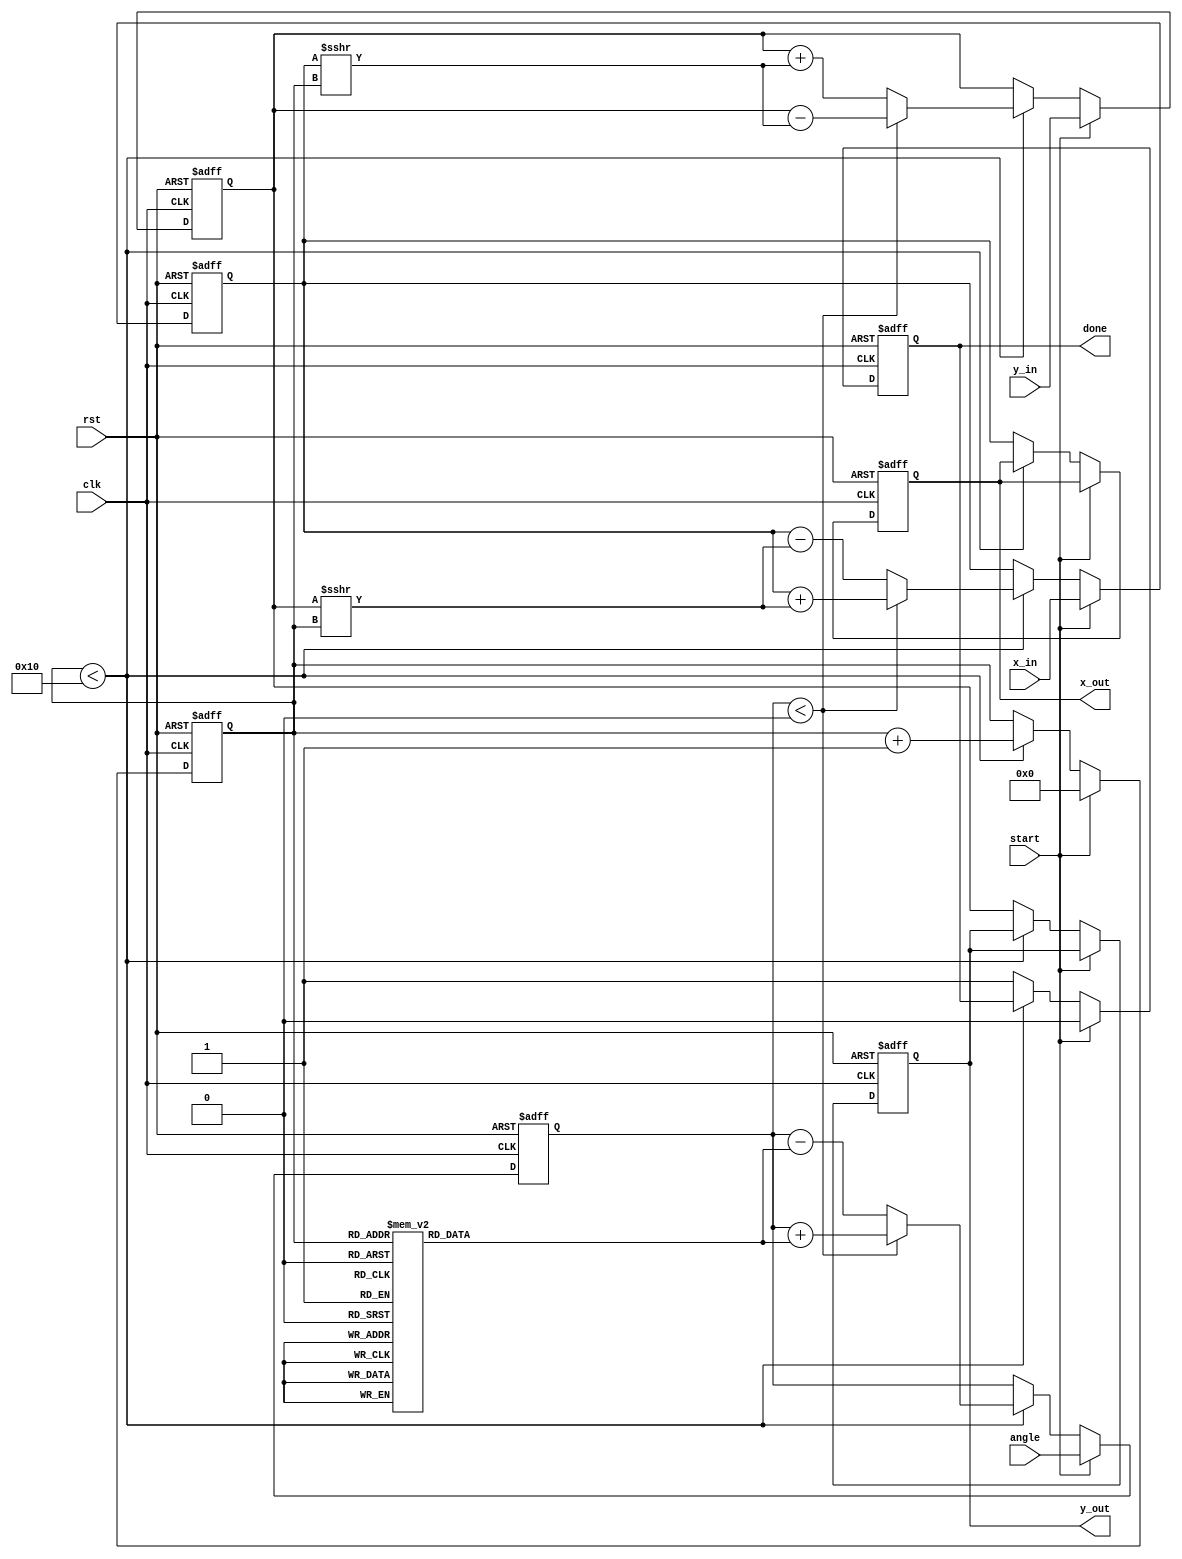
module cordic (
    input wire clk,
    input wire rst,
    input wire start,
    input wire signed [15:0] angle, // Angle in fixed-point representation
    input wire signed [15:0] x_in,   // Initial x vector
    input wire signed [15:0] y_in,   // Initial y vector
    output reg signed [15:0] x_out,  // Resultant x vector
    output reg signed [15:0] y_out,  // Resultant y vector
    output reg done                  // Operation completion flag
);

    // Parameters
    parameter N = 16; // Number of iterations
    parameter LUT_SIZE = 16; // Size of the LUT for atan values
    parameter FIXED_POINT_PRECISION = 15; // Fixed-point representation bits

    // Look-Up Table for atan values (fixed-point representation)
    reg signed [15:0] atan_lut [0:LUT_SIZE-1];
    initial begin
        // Pre-computed atan values (in fixed-point)
        atan_lut[0] = 16'h0000; // atan(0)
        atan_lut[1] = 16'h1C71; // atan(1/2^1)
        atan_lut[2] = 16'h1A62; // atan(1/2^2)
        atan_lut[3] = 16'h186A; // atan(1/2^3)
        atan_lut[4] = 16'h1780; // atan(1/2^4)
        atan_lut[5] = 16'h16C2; // atan(1/2^5)
        atan_lut[6] = 16'h162E; // atan(1/2^6)
        atan_lut[7] = 16'h159A; // atan(1/2^7)
        atan_lut[8] = 16'h1500; // atan(1/2^8)
        atan_lut[9] = 16'h1480; // atan(1/2^9)
        atan_lut[10] = 16'h1400; // atan(1/2^10)
        atan_lut[11] = 16'h1380; // atan(1/2^11)
        atan_lut[12] = 16'h1300; // atan(1/2^12)
        atan_lut[13] = 16'h1280; // atan(1/2^13)
        atan_lut[14] = 16'h1200; // atan(1/2^14)
        atan_lut[15] = 16'h1180; // atan(1/2^15)
    end

    // Internal signals
    reg signed [15:0] x_reg, y_reg;
    reg signed [15:0] angle_reg;
    reg [3:0] iteration_count;
    reg signed [15:0] current_atan;

    // Control Logic
    always @(posedge clk or posedge rst) begin
        if (rst) begin
            x_out <= 0;
            y_out <= 0;
            done <= 0;
            iteration_count <= 0;
            x_reg <= 0;
            y_reg <= 0;
            angle_reg <= 0;
        end else if (start) begin
            x_reg <= x_in;
            y_reg <= y_in;
            angle_reg <= angle;
            iteration_count <= 0;
            done <= 0;
        end else if (iteration_count < N) begin
            // Fetch atan value from LUT
            current_atan = atan_lut[iteration_count];

            // Rotation Logic
            if (angle_reg < 0) begin
                // Counterclockwise rotation
                x_reg <= x_reg + (y_reg >>> iteration_count);
                y_reg <= y_reg - (x_reg >>> iteration_count);
                angle_reg <= angle_reg + current_atan;
            end else begin
                // Clockwise rotation
                x_reg <= x_reg - (y_reg >>> iteration_count);
                y_reg <= y_reg + (x_reg >>> iteration_count);
                angle_reg <= angle_reg - current_atan;
            end

            // Increment iteration count
            iteration_count <= iteration_count + 1;
        end else begin
            // Operation completed
            x_out <= x_reg;
            y_out <= y_reg;
            done <= 1;
        end
    end

endmodule